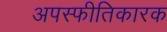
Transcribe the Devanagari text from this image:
अपस्फीतिकारक